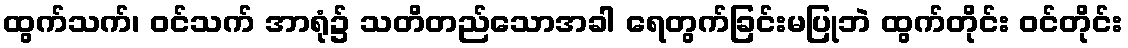
ထွက်သက်၊ ဝင်သက် အာရုံ၌ သတိတည်သောအခါ ရေတွက်ခြင်းမပြုဘဲ ထွက်တိုင်း ဝင်တိုင်း